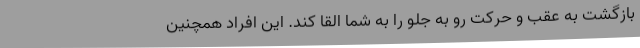
بازگشت به عقب و حرکت رو به جلو را به شما القا کند. این افراد همچنین